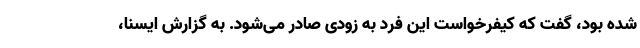
شده بود، گفت که کیفرخواست این فرد به زودی صادر می‌شود. به گزارش ایسنا،